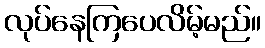
လုပ်နေကြပေလိမ့်မည်။